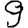
Digit: 9